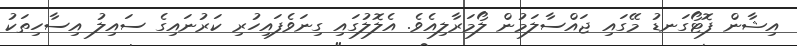
އިޝާން ފޮޓޯގަނޑު މޭގައި ޖައްސާލަމުން ލޯމަރާލިއެވެ. އެލޮލުގައި ގިނަވެފައިހުރި ކަރުނައިގެ ސައިލު އިސާހިތަކު